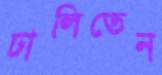
ঢালিতেন